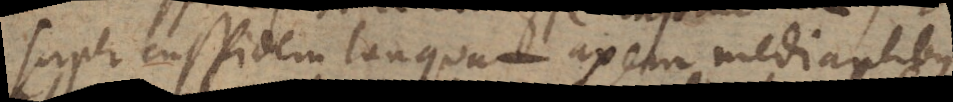
super cuspidem tanquam axem mediantibus